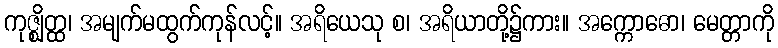
ကုဇ္ဈိတ္ထ၊ အမျက်မထွက်ကုန်လင့်။ အရိယေသု စ၊ အရိယာတို့၌ကား။ အက္ကောဓော၊ မေတ္တာကို